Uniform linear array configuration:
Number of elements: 4
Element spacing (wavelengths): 0.75
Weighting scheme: hann
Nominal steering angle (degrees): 30
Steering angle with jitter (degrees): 28.757
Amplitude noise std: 0.05
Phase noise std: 0.05

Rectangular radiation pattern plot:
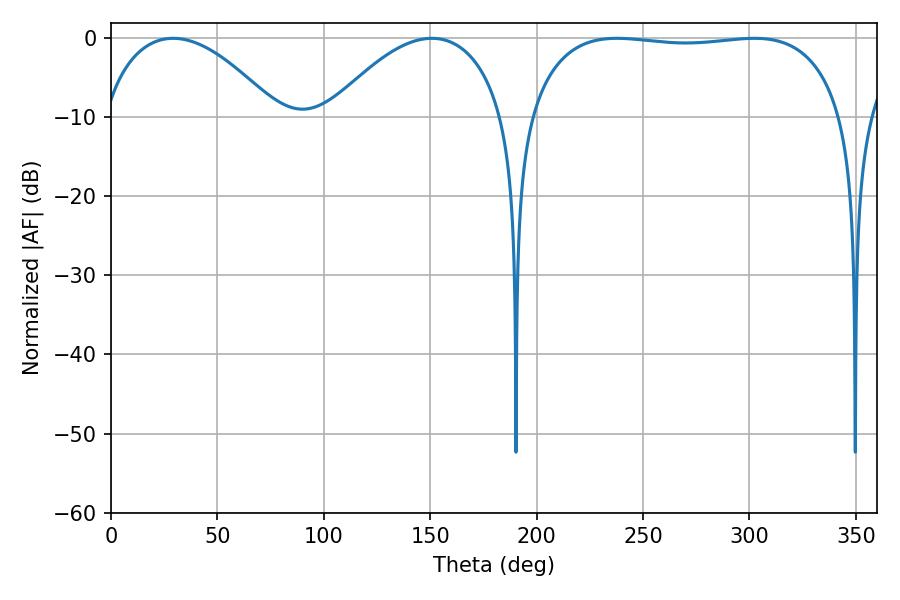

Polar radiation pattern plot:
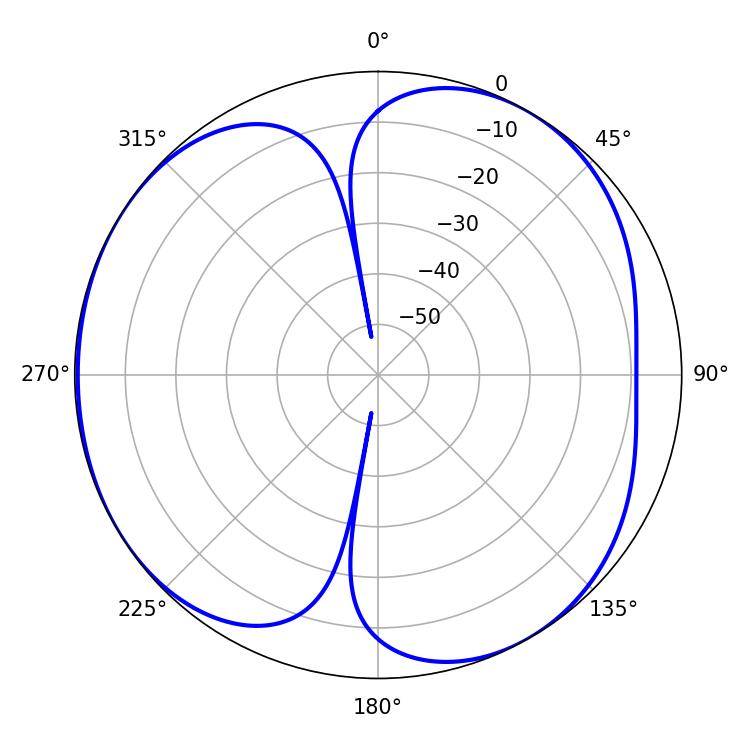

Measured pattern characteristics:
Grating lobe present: TRUE
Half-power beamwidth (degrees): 118.08
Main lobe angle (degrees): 237.78